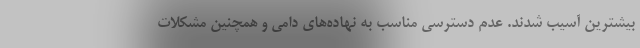
بیشترین آسیب شدند. عدم دسترسی مناسب به نهاده‌های دامی و همچنین مشکلات